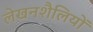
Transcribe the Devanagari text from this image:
लेखनशैलियों